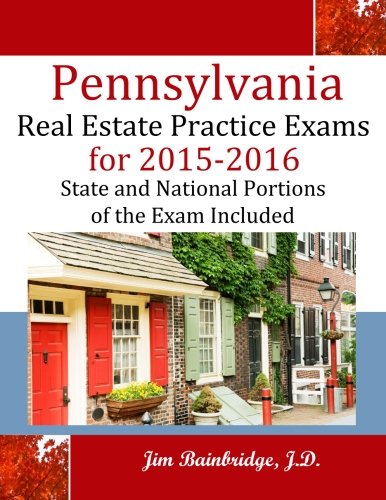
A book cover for Pennsylvania Real Estate Practice Exams for 2015-2016: State and National Portions of the Exam Included; Jim Bainbridge J.D.; Business & Money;